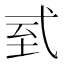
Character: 𢎆